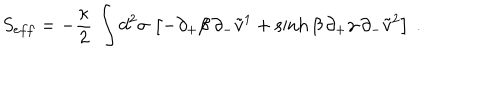
S _ { e f f } = - { \frac { \kappa } { 2 } } \, \int d ^ { 2 } \sigma \, \left[ - \partial _ { + } \beta \, \partial _ { - } \tilde { v } ^ { 1 } + \sinh \beta \, \partial _ { + } \gamma \, \partial _ { - } \tilde { v } ^ { 2 } \right] \ .